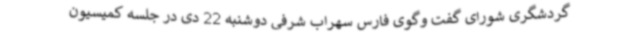
گردشگری شورای گفت وگوی فارس سهراب شرفی دوشنبه 22 دی در جلسه کمیسیون